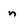
Character: n